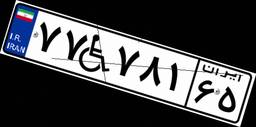
۷۷W۷۸۱۶۵